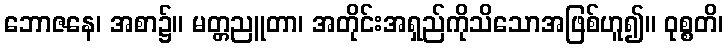
ဘောဇနေ၊ အစာ၌။ မတ္တညူတာ၊ အတိုင်းအရှည်ကိုသိသောအဖြစ်ဟူ၍။ ဝုစ္စတိ၊